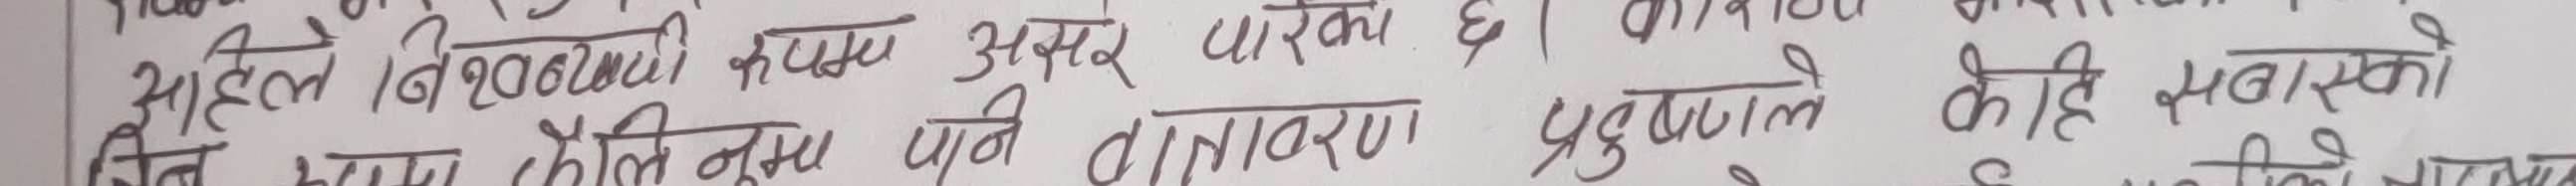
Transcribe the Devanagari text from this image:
आर्द्रत बिखरावमी कपड असारे पारका है। कालिदास
क्षितरुप केलिमा पनि वातावरण प्रतिकूल